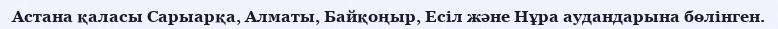
Астана қаласы Сарыарқа, Алматы, Байқоңыр, Есіл және Нұра аудандарына бөлінген.